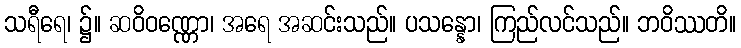
သရီရေ၊ ၌။ ဆဝိဝဏ္ဏော၊ အရေ အဆင်းသည်။ ပသန္နော၊ ကြည်လင်သည်။ ဘဝိဿတိ။